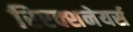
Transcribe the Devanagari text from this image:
रिएक्शनेयर्स